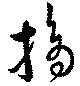
摘